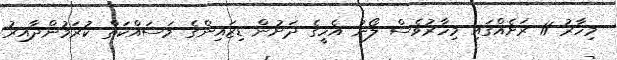
މިހާރު 11 ރަށެއްގައި މިހާރުވެސް ލޯނު އެހީގެ ދަށުން ޑިޒައިންގެ މަސައްކަތް ކުރަމުންދާއިރު